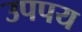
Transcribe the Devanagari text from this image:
उपपय